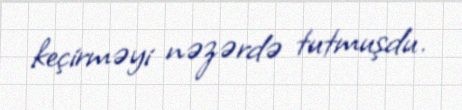
keçirməyi nəzərdə tutmuşdu.